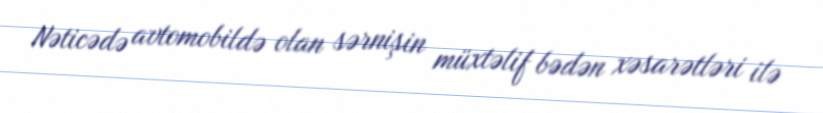
Nəticədə avtomobildə olan sərnişin müxtəlif bədən xəsarətləri ilə